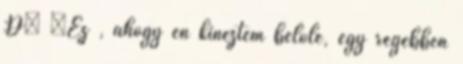
:D” „Ez , ahogy én kinéztem belőle, egy régebben